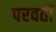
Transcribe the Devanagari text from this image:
परवतीं